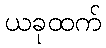
ယခုထက်